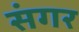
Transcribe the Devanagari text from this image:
संगर